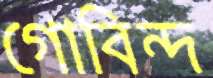
গোবিন্দ